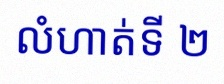
លំហាត់ទី ២